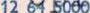
12 64 5000